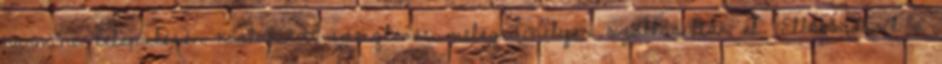
harminc településén kialakított ideiglenes melegedőhelyen szállásolták el. Ellátásukról a